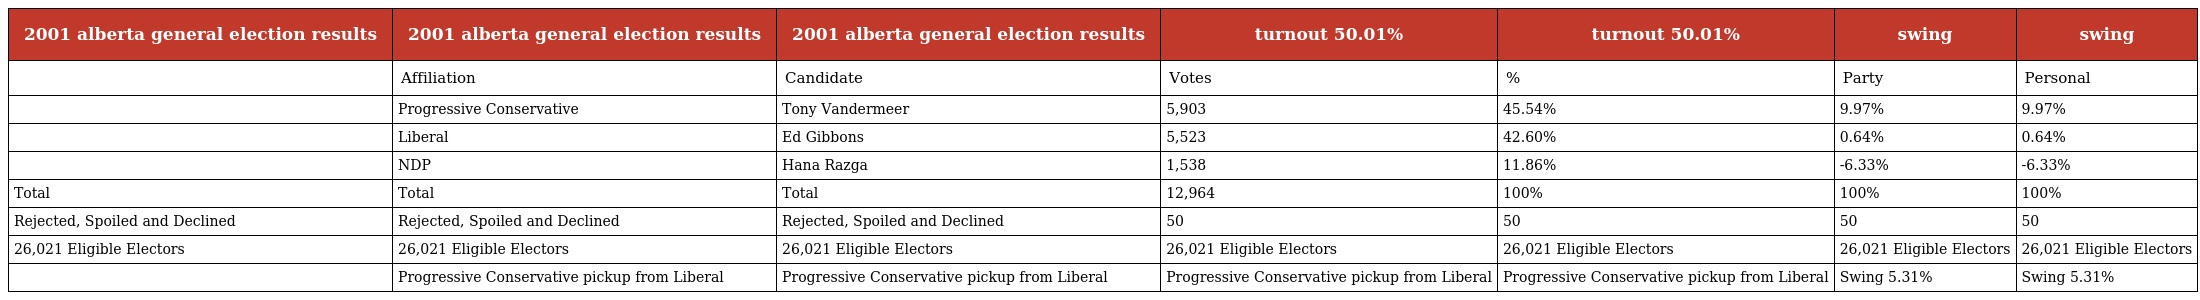
| 2001 alberta general election results | 2001 alberta general election results | 2001 alberta general election results | turnout 50.01% | turnout 50.01% | swing | swing |
 | --- | --- | --- | --- | --- | --- | --- |
 |  | Affiliation | Candidate | Votes | % | Party | Personal |
 |  | Progressive Conservative | Tony Vandermeer | 5,903 | 45.54% | 9.97% | 9.97% |
 |  | Liberal | Ed Gibbons | 5,523 | 42.60% | 0.64% | 0.64% |
 |  | NDP | Hana Razga | 1,538 | 11.86% | -6.33% | -6.33% |
 | Total | Total | Total | 12,964 | 100% | 100% | 100% |
 | Rejected, Spoiled and Declined | Rejected, Spoiled and Declined | Rejected, Spoiled and Declined | 50 | 50 | 50 | 50 |
 | 26,021 Eligible Electors | 26,021 Eligible Electors | 26,021 Eligible Electors | 26,021 Eligible Electors | 26,021 Eligible Electors | 26,021 Eligible Electors | 26,021 Eligible Electors |
 |  | Progressive Conservative pickup from Liberal | Progressive Conservative pickup from Liberal | Progressive Conservative pickup from Liberal | Progressive Conservative pickup from Liberal | Swing 5.31% | Swing 5.31% |